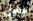
حس